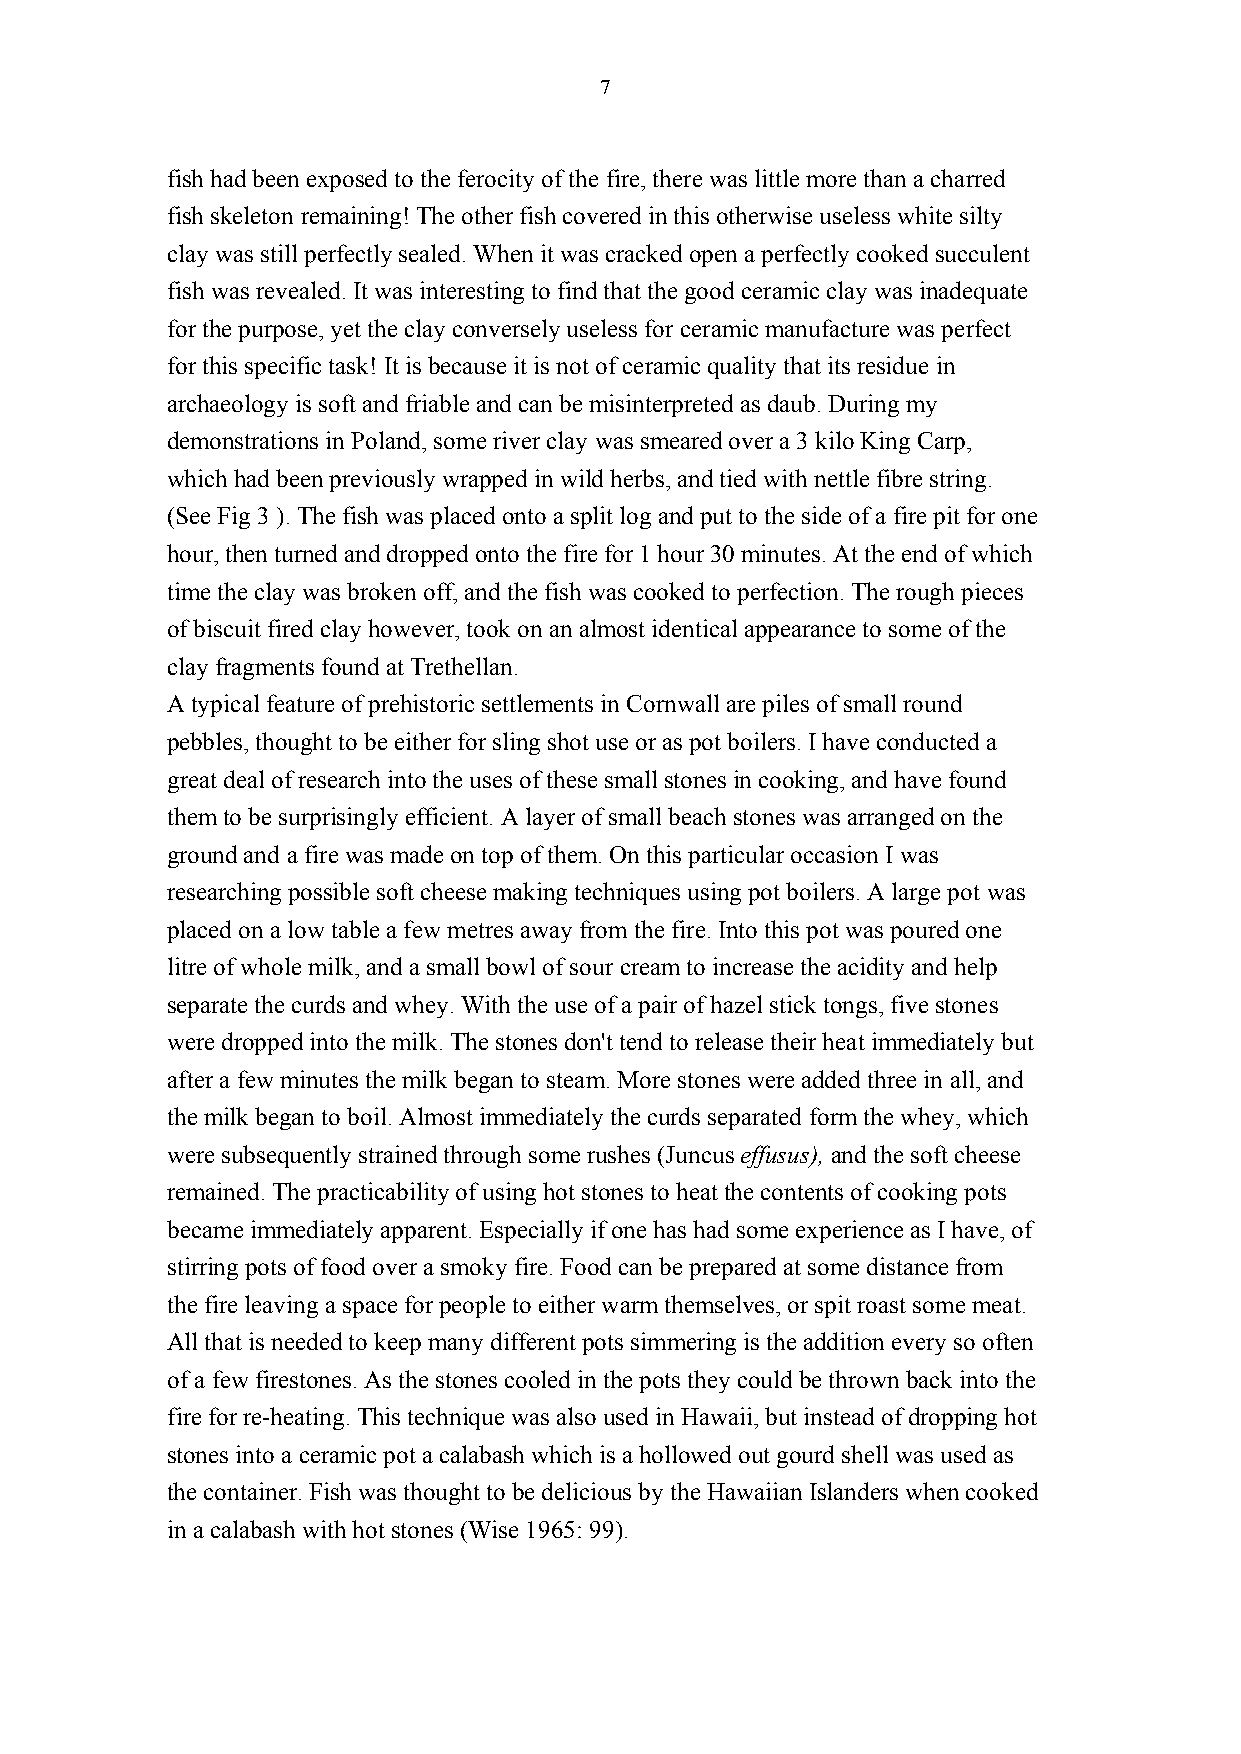
7
 fish had been exposed to the ferocity of the fire, there was little more than a charred
 fish skeleton remaining! The other fish covered in this otherwise useless white silty
 clay was still perfectly sealed. When it was cracked open a perfectly cooked succulent
 fish was revealed. It was interesting to find that the good ceramic clay was inadequate
 for the purpose, yet the clay conversely useless for ceramic manufacture was perfect
 for this specific task! It is because it is not of ceramic quality that its residue in
 archaeology is soft and friable and can be misinterpreted as daub. During my
 demonstrations in Poland, some river clay was smeared over a 3 kilo King Carp,
 which had been previously wrapped in wild herbs, and tied with nettle fibre string.
 (See Fig 3 ). The fish was placed onto a split log and put to the side of a fire pit for one
 hour, then turned and dropped onto the fire for 1 hour 30 minutes. At the end of which
 time the clay was broken off, and the fish was cooked to perfection. The rough pieces
 of biscuit fired clay however, took on an almost identical appearance to some of the
 clay fragments found at Trethellan.
 A typical feature of prehistoric settlements in Cornwall are piles of small round
 pebbles, thought to be either for sling shot use or as pot boilers. I have conducted a
 great deal of research into the uses of these small stones in cooking, and have found
 them to be surprisingly efficient. A layer of small beach stones was arranged on the
 ground and a fire was made on top of them. On this particular occasion I was
 researching possible soft cheese making techniques using pot boilers. A large pot was
 placed on a low table a few metres away from the fire. Into this pot was poured one
 litre of whole milk, and a small bowl of sour cream to increase the acidity and help
 separate the curds and whey. With the use of a pair of hazel stick tongs, five stones
 were dropped into the milk. The stones don't tend to release their heat immediately but
 after a few minutes the milk began to steam. More stones were added three in all, and
 the milk began to boil. Almost immediately the curds separated form the whey, which
 were subsequently strained through some rushes (Juncus effusus), and the soft cheese
 remained. The practicability of using hot stones to heat the contents of cooking pots
 became immediately apparent. Especially if one has had some experience as I have, of
 stirring pots of food over a smoky fire. Food can be prepared at some distance from
 the fire leaving a space for people to either warm themselves, or spit roast some meat.
 All that is needed to keep many different pots simmering is the addition every so often
 of a few firestones. As the stones cooled in the pots they could be thrown back into the
 fire for re-heating. This technique was also used in Hawaii, but instead of dropping hot
 stones into a ceramic pot a calabash which is a hollowed out gourd shell was used as
 the container. Fish was thought to be delicious by the Hawaiian Islanders when cooked
 in a calabash with hot stones (Wise 1965: 99).